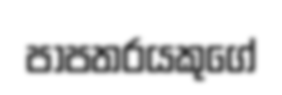
පාපතරයකුගේ